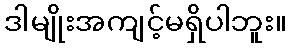
ဒါမျိုးအကျင့်မရှိပါဘူး။